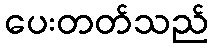
ပေးတတ်သည်